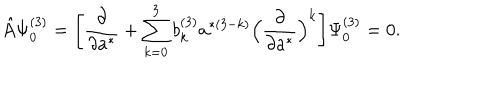
\hat { A } \Psi _ { 0 } ^ { ( 3 ) } = \Biggl [ \frac { \partial } { \partial a ^ { * } } + \sum _ { k = 0 } ^ { 3 } b _ { k } ^ { ( 3 ) } a ^ { * ( 3 - k ) } \Bigl ( \frac { \partial } { \partial a ^ { * } } \Bigr ) ^ { k } \Biggr ] \Psi _ { 0 } ^ { ( 3 ) } = 0 .